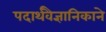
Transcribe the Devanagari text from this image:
पदार्थवैज्ञानिकाने